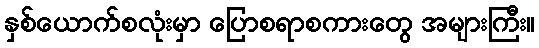
နှစ်ယောက်စလုံးမှာ ပြောစရာစကားတွေ အများကြီး။